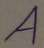
Text: A